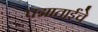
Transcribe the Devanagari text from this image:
पद्माताईंचे